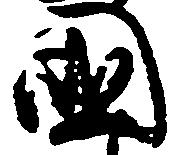
国